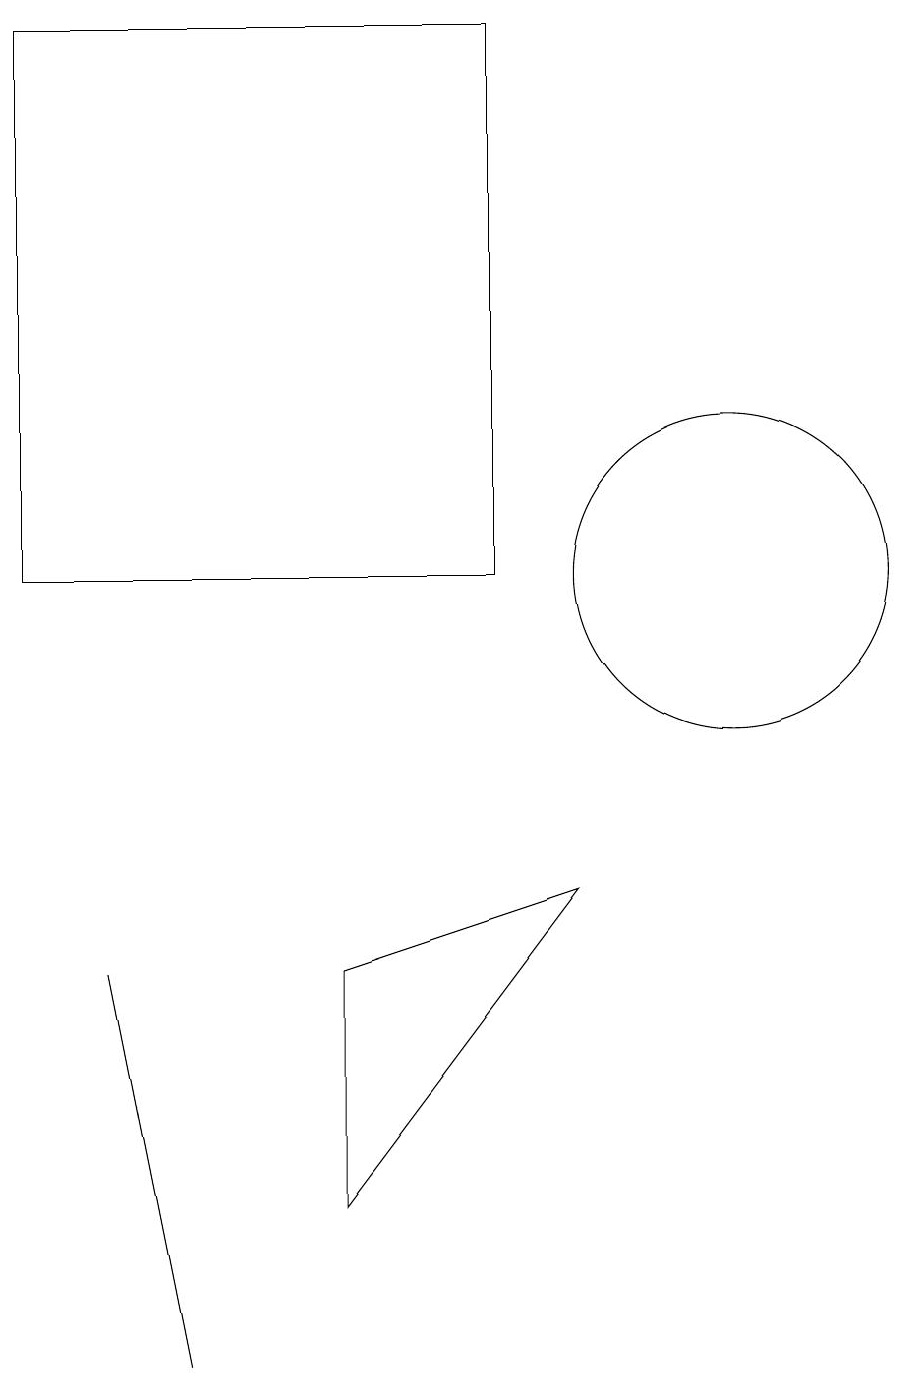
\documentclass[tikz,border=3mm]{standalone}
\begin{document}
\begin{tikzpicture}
\draw (7,11) rectangle (1,18);
\draw (10,11) circle (2);
\draw (2,6) -- (3,1) -- (3,1) -- cycle;
\draw (5,3) -- (5,6) -- (8,7) -- cycle;
\draw (11,11) circle (0);
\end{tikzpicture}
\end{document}